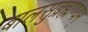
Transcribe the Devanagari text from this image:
बालसुब्रह्मण्यम्